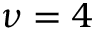
\nu = 4